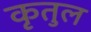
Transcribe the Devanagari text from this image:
कृतुल